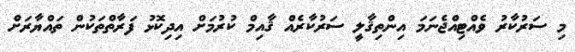
މި ސަރުކާރު ވެއްޓިއްޖެނަމަ އިންތިޤާލީ ސަރުކާރެއް ޤާއިމް ކުރުމަށް އިދިކޮޅު ފަރާތްތަކުން ތައްޔާރަށް